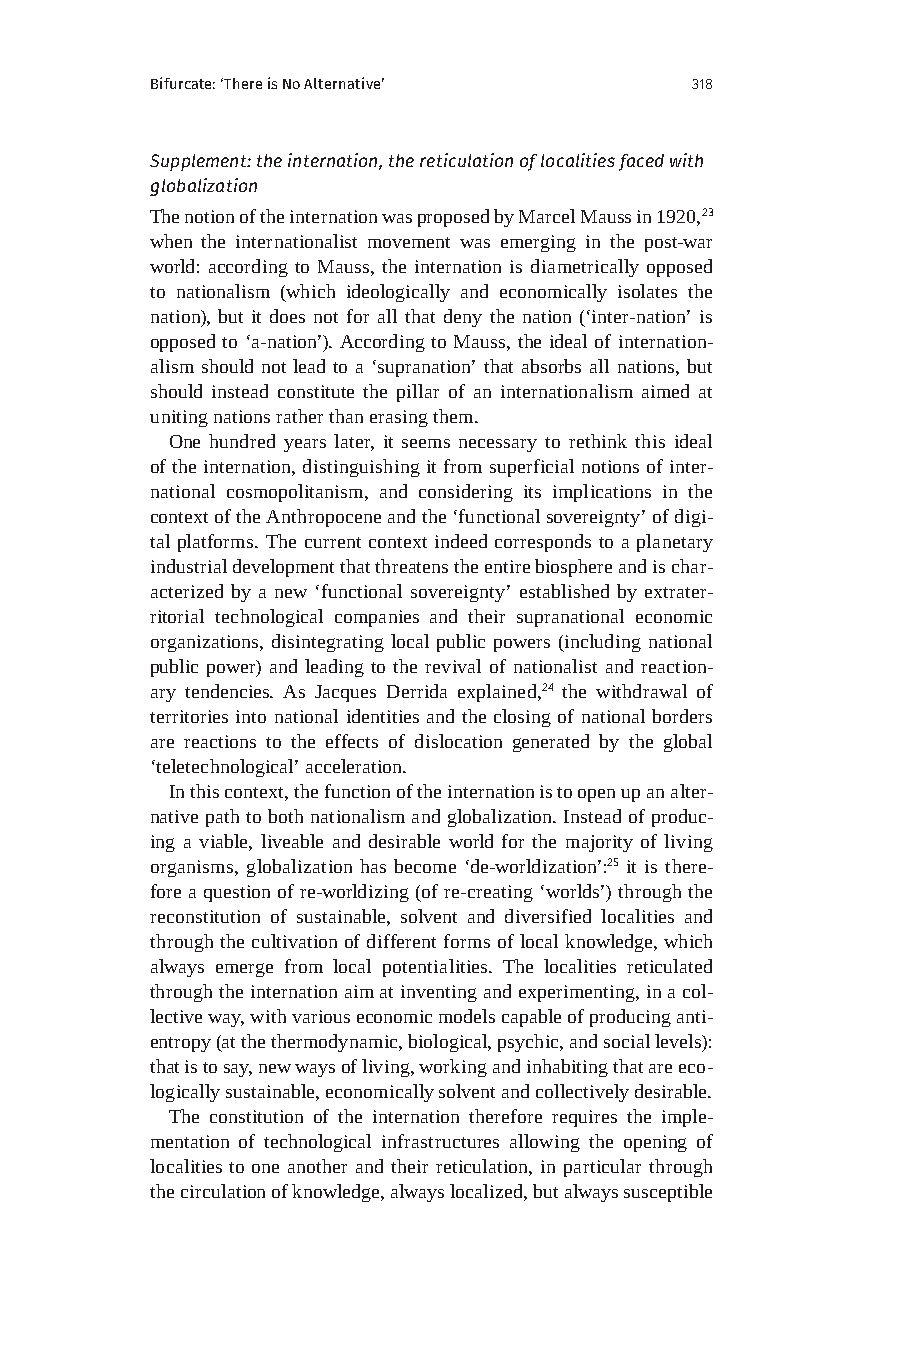
Bifurcate: ‘There is No Alternative’ 318
 Supplement: the internation, the reticulation of localities faced with
 globalization
 The notion of the internation was proposed by Marcel Mauss in 1920,23
 when the internationalist movement was emerging in the post-war
 world: according to Mauss, the internation is diametrically opposed
 to nationalism (which ideologically and economically isolates the
 nation), but it does not for all that deny the nation (‘inter-nation’ is
 opposed to ‘a-nation’). According to Mauss, the ideal of internation-
 alism should not lead to a ‘supranation’ that absorbs all nations, but
 should instead constitute the pillar of an internationalism aimed at
 uniting nations rather than erasing them.
 One hundred years later, it seems necessary to rethink this ideal
 of the internation, distinguishing it from superficial notions of inter-
 national cosmopolitanism, and considering its implications in the
 context of the Anthropocene and the ‘functional sovereignty’ of digi-
 tal platforms. The current context indeed corresponds to a planetary
 industrial development that threatens the entire biosphere and is char-
 acterized by a new ‘functional sovereignty’ established by extrater-
 ritorial technological companies and their supranational economic
 organizations, disintegrating local public powers (including national
 public power) and leading to the revival of nationalist and reaction-
 ary tendencies. As Jacques Derrida explained,24 the withdrawal of
 territories into national identities and the closing of national borders
 are reactions to the effects of dislocation generated by the global
 ‘teletechnological’ acceleration.
 In this context, the function of the internation is to open up an alter-
 native path to both nationalism and globalization. Instead of produc-
 ing a viable, liveable and desirable world for the majority of living
 organisms, globalization has become ‘de-worldization’:25 it is there-
 fore a question of re-worldizing (of re-creating ‘worlds’) through the
 reconstitution of sustainable, solvent and diversified localities and
 through the cultivation of different forms of local knowledge, which
 always emerge from local potentialities. The localities reticulated
 through the internation aim at inventing and experimenting, in a col-
 lective way, with various economic models capable of producing anti-
 entropy (at the thermodynamic, biological, psychic, and social levels):
 that is to say, new ways of living, working and inhabiting that are eco-
 logically sustainable, economically solvent and collectively desirable.
 The constitution of the internation therefore requires the imple-
 mentation of technological infrastructures allowing the opening of
 localities to one another and their reticulation, in particular through
 the circulation of knowledge, always localized, but always susceptible